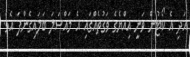
އަދި އެ ކޯޓުން ވަނީ އިއްޔެގެ ވަގުތެއްގައި އެ މައްސަލަ ބަލައިގެންފަ އެވެ.